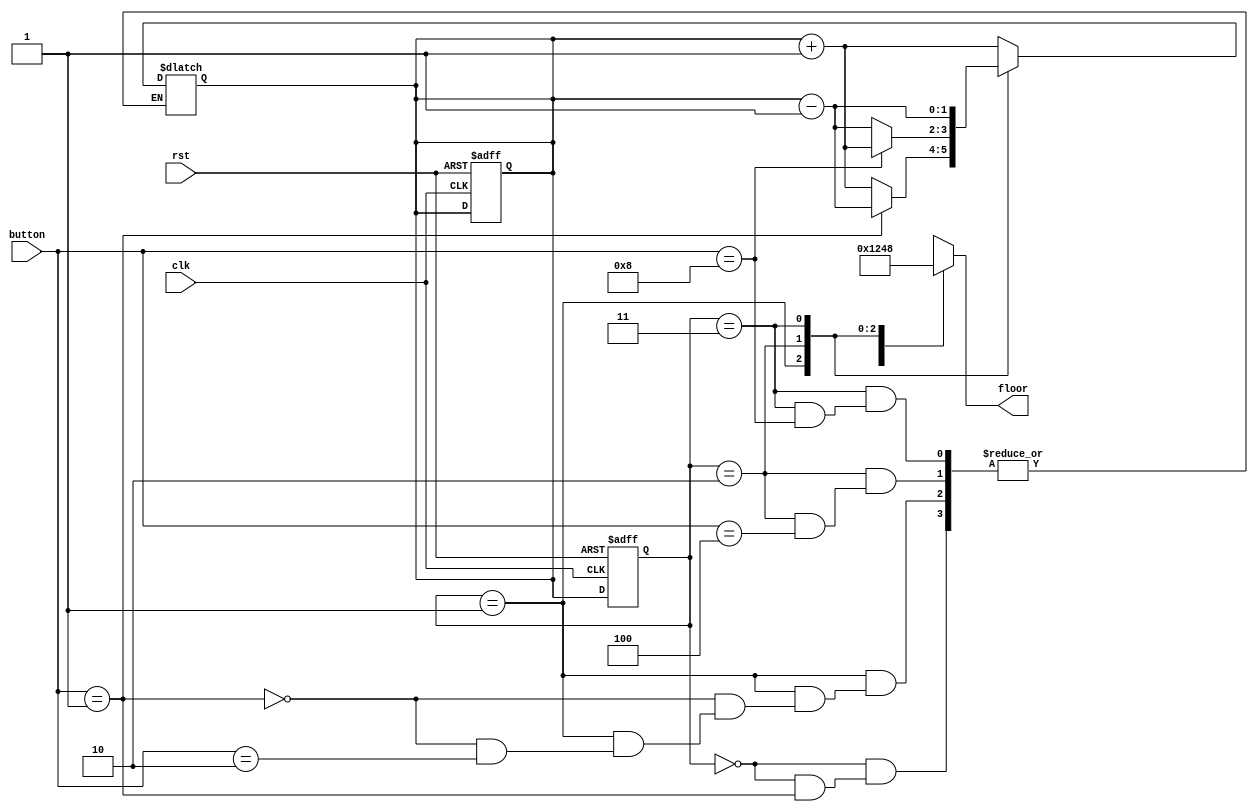
module top(
    input [3:0]button,
    output [3:0]floor,
    input clk,
	 input rst
    );
	 reg [23:0] div=6'h000000;
	 reg ledtime=0;
	 reg [1:0]state;
	 reg [1:0]next_state;
	 reg [3:0]floor=4'b0001;

		
		always@(posedge clk or negedge rst)begin
			if(~rst)begin
				state<=2'b0;
				next_state<=2'b0;
			end
			else
				state<=next_state;
			end
			
		always@(*)begin
			case(state)
				2'b0:begin
					if(button==4'b0001)
						next_state=next_state;
					else
						next_state=next_state+1'b1;
					end
				2'b01:begin
					if(button==4'b0001)
						next_state=next_state-1'b1;
					else if(button==4'b0010)
						next_state=next_state;
					else
						next_state=next_state+1'b1;
					end
				2'b10:begin
					if(button==4'b0100)
						next_state=next_state;
					else if(button==4'b1000)
						next_state=next_state+1'b1;
					else
						next_state=next_state-1'b1;
					end
				2'b11:begin
					if(button==4'b1000)
						next_state=next_state;
					else
						next_state=next_state-1'b1;
					end
				endcase
			end

			
			always@(*)begin
				case(state)
					2'b0:floor=4'b0001;
					2'b01:floor=4'b0010;
					2'b10:floor=4'b0100;
					2'b11:floor=4'b1000;
				endcase
			end

endmodule